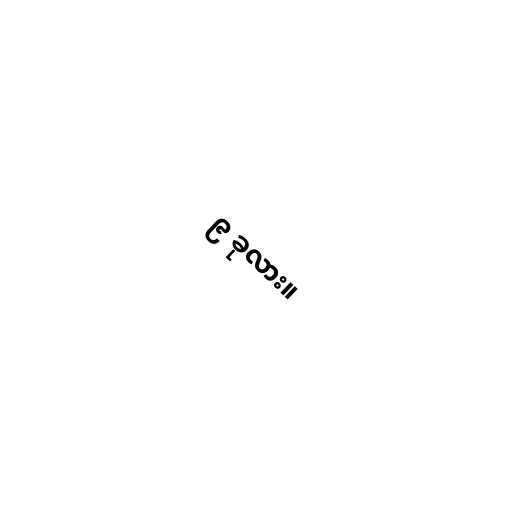
၉ ခုလား။